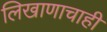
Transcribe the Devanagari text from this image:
लिखाणाचाही